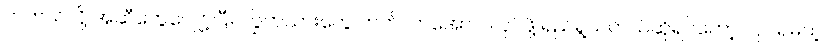
တကယ်လို့ အဆီတွေလျှော့ပြီး ကြွက်သားတွေ တက်လာအောင် လုပ်ဖို့ ရည်ရွယ်တယ်ဆိုရင်တော့ လုပ်ရမယ့်